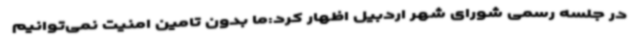
در جلسه رسمی شورای شهر اردبیل اظهار کرد:ما بدون تامین امنیت نمی‌توانیم